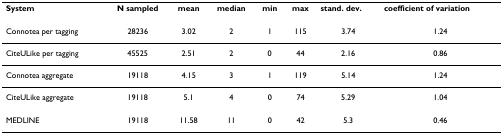
<table><thead><tr><td><b>System</b></td><td><b>N sampled</b></td><td><b>mean</b></td><td><b>median</b></td><td><b>min</b></td><td><b>max</b></td><td><b>stand. dev.</b></td><td><b>coefficient of variation</b></td></tr></thead><tbody><tr><td>Connotea per tagging</td><td>28236</td><td>3.02</td><td>2</td><td>1</td><td>115</td><td>3.74</td><td>1.24</td></tr><tr><td>CiteULike per tagging</td><td>45525</td><td>2.51</td><td>2</td><td>0</td><td>44</td><td>2.16</td><td>0.86</td></tr><tr><td>Connotea aggregate</td><td>19118</td><td>4.15</td><td>3</td><td>1</td><td>119</td><td>5.14</td><td>1.24</td></tr><tr><td>CiteULike aggregate</td><td>19118</td><td>5.1</td><td>4</td><td>0</td><td>74</td><td>5.29</td><td>1.04</td></tr><tr><td>MEDLINE</td><td>19118</td><td>11.58</td><td>11</td><td>0</td><td>42</td><td>5.3</td><td>0.46</td></tr></tbody></table>